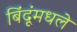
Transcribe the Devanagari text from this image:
बिंदूंमधले